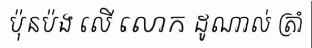
ប៉ុនប៉ង លើ លោក ដូណាល់ ត្រាំ